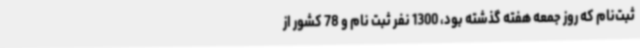
ثبت‌نام که روز جمعه هفته گذشته بود، 1300 نفر ثبت نام و 78 کشور از